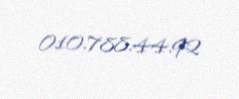
010.788.44.92